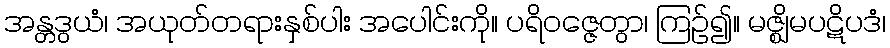
အန္တဒွယံ၊ အယုတ်တရားနှစ်ပါး အပေါင်းကို။ ပရိဝဇ္ဇေတွာ၊ ကြဉ်၍။ မဇ္ဈိမပဋိပဒံ၊